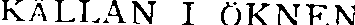
KÄLLAN I ÖKNEN